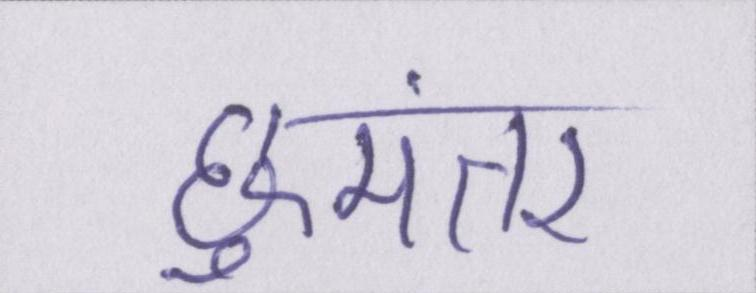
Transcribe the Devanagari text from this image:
छूमंतर